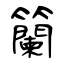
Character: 籣